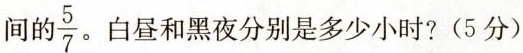
间的 \frac{5}{7} 。白昼和黑夜分别是多少小时?(5分)